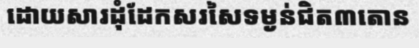
ដោយសារដុំដែកសរសៃទម្ងន់ជិត៣តោន